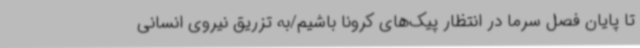
تا پایان فصل سرما در انتظار پیک‌های کرونا باشیم/به تزریق نیروی انسانی